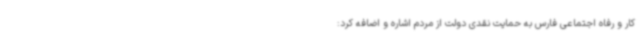
کار و رفاه اجتماعی فارس به حمایت نقدی دولت از مردم اشاره و اضافه کرد: